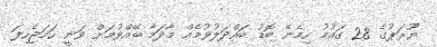
ޔޫރަޕުގެ 28 ގައުމު ހިމެނޭ ބޮޑު ބައްދަލުވުމެއް މާދަމާ ބޭއްވުމަށް ވަނީ ހަމަޖެހިފަ